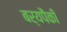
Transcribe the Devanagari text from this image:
बर्‍यपैकी